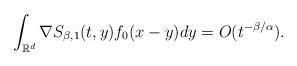
LaTeX: \begin{align*}\int_{\mathbb{R}^{d}}\nabla S_{\beta, 1}(t,y)f_{0}(x-y)dy = O(t^{-\beta/\alpha}).\end{align*}